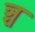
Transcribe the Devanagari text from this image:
ञ्च